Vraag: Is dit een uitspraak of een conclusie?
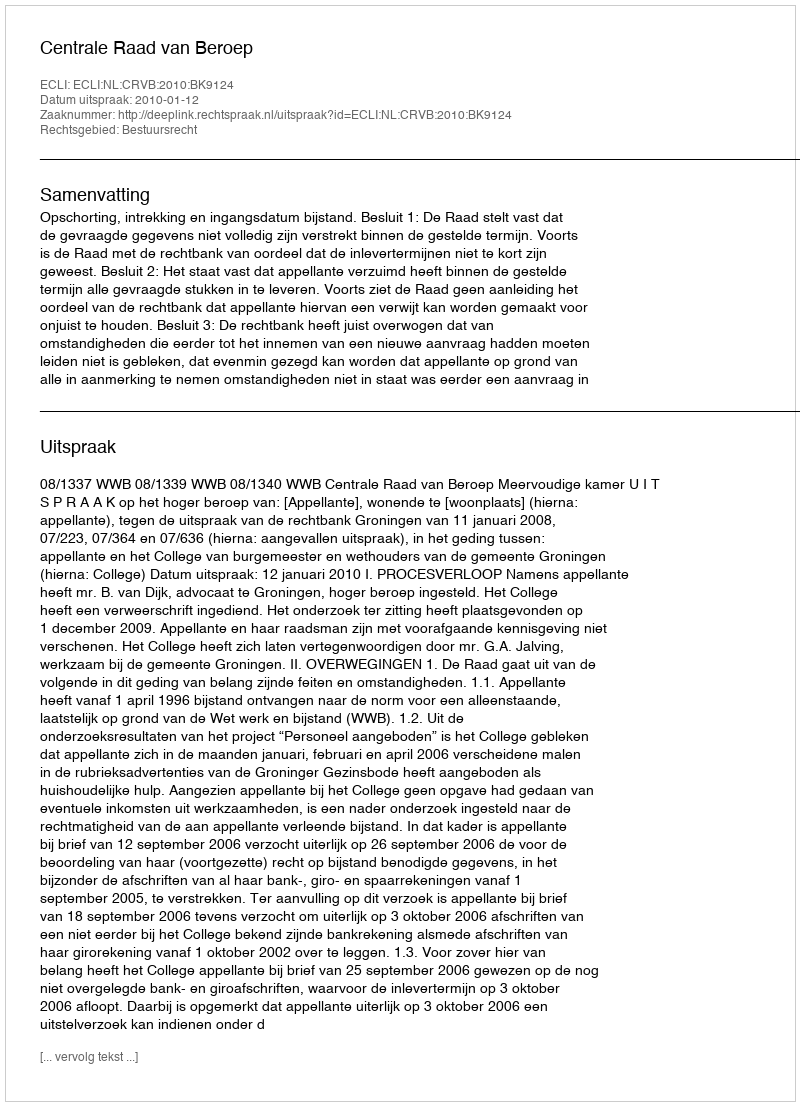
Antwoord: Uitspraak